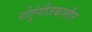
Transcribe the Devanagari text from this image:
पोर्तुगीजकालीन